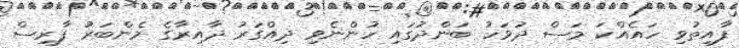
ފާއިތުވި ހައެއްކަ މަސް ދުވަހު ބަންދުގައި ހުންނެވި ދިއްގަރު ދާއިރާގެ މެންބަރު ފާރިސް